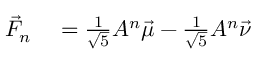
\begin{array} { r l } { { \vec { F } } _ { n } } & { { } = { \frac { 1 } { \sqrt { 5 } } } A ^ { n } { \vec { \mu } } - { \frac { 1 } { \sqrt { 5 } } } A ^ { n } { \vec { \nu } } } \end{array}